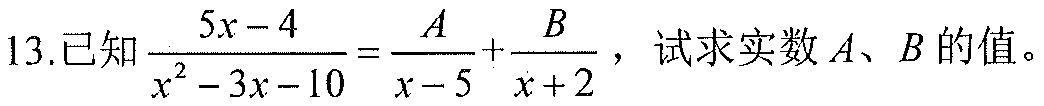
13.已知\(\frac{5x - 4}{x^{2}-3x - 10}=\frac{A}{x - 5}+\frac{B}{x + 2}\)，试求实数\(A、B\)的值。